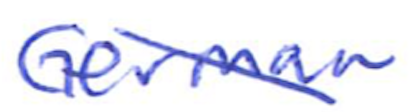
Text: German
Cross-out: diagonal
Writing tool: ballpoint